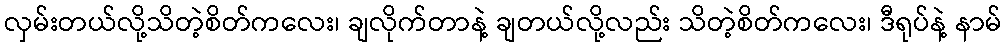
လှမ်းတယ်လို့သိတဲ့စိတ်ကလေး၊ ချလိုက်တာနဲ့ ချတယ်လို့လည်း သိတဲ့စိတ်ကလေး၊ ဒီရုပ်နဲ့ နာမ်